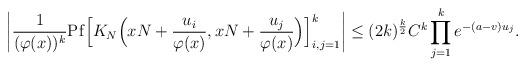
LaTeX: \begin{align*} \left| \frac{1}{(\varphi(x))^k} \mathrm{Pf} \Big[ K_{N}\Big(xN+\frac{u_i}{\varphi(x)}, xN+\frac{u_j}{\varphi(x)}\Big) \Big]_{i,j = 1}^{k} \right| \leq (2k)^{\frac{k}{2}} C^{k} \prod_{j=1}^{k} e^{-(a-v)u_{j}}. \end{align*}